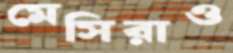
মেসিরাও